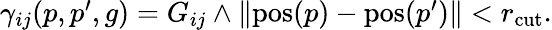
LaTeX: \begin{array}{r}{\gamma_{ij}(p,p^{\prime},g)=G_{ij}\wedge\left\Vert\textup{pos}(p)-\textup{pos}(p^{\prime})\right\Vert<r_{\mathrm{cut}}.}\end{array}